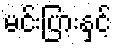
မင်းပြားနှင့်